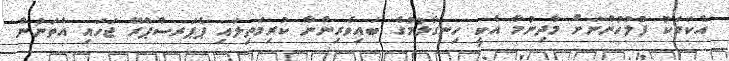
އެކަމަކު ފުލުހުންނަށް މާދިނުމާ އެކީ ހިނގާލުމުގެ ބައިވެރިންނާ ކުރިމަތިލައި ޕެޕަރސްޕްރޭ ޖަހައި އެތަނުން